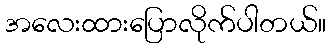
အလေးထားပြောလိုက်ပါတယ်။